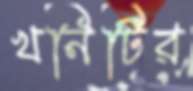
খনিটির